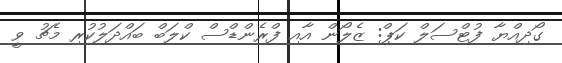
ގޯދިއްޔާ ފުޓްސަލް ކަޕް: ޒެލޯން އާއި ފްރެންޑްސް ކްލަބް ބައްދަލުކުރި މެޗު ވީ